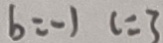
b = - 1 c = 3